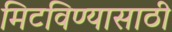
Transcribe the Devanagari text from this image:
मिटविण्यासाठी